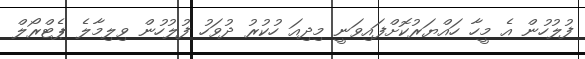
ފުލުހުން އެ މީހާ ހައްޔަރުކޮށްފައިވަނީ މިދިއަ ހުކުރު ދުވަހު ފުލުހުން ވިލިމާލެ ޕެޓްރޯލް